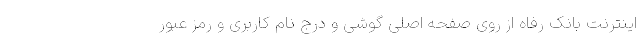
اینترنت بانک رفاه از روی صفحه اصلی گوشی و درج نام کاربری و رمز عبور